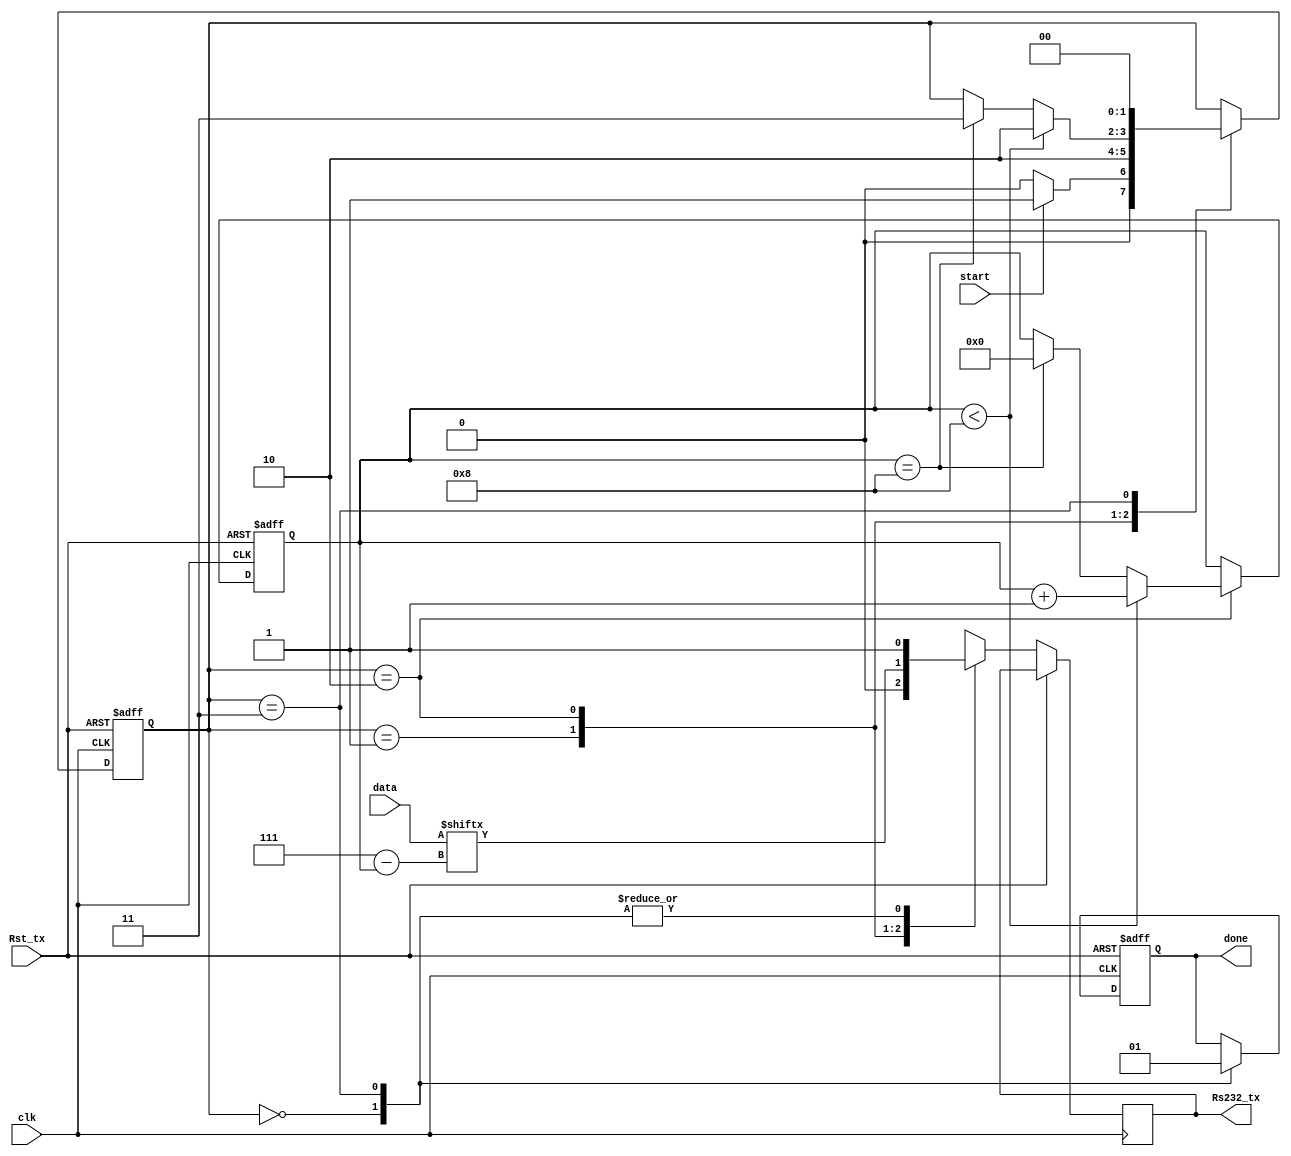
module CH65 #(parameter data_width=8)(
  input clk,
  input Rst_tx,
  input start,
  input [data_width-1:0] data,
  output reg Rs232_tx,
  output reg done
);
 
  localparam idle_state=0, start_state=1, data_state=2, stop_state=3;
  
  reg [1:0] state;
  reg [3:0] count;

  always @(posedge clk or posedge Rst_tx) begin
  if (Rst_tx) begin
      state <= idle_state;
      done <= 1'b0;
      count <= 4'b0;
      end
      else
    case(state)
      idle_state: begin
                    Rs232_tx <= 1'b1;
                    done <= 1'b0;
                    if (start)
                      state <= start_state;
                    else
                      state <= idle_state;
                  end
      start_state: begin
                     Rs232_tx <= 1'b0;
                     state <= data_state;
                  end
      data_state: begin
                    Rs232_tx <= data[(data_width-1) - count];
                    if (count < data_width) begin
                      count <= count + 1'b1;
                      state <= data_state;
                    end
                    else if (count == data_width) begin
                      count <= 4'b0;
                      state <= stop_state;
                    end
                  end
      stop_state: begin
                    Rs232_tx <= 1'b1;
                    done <= 1'b1;
                    state <= idle_state;
                  end
      default: begin
                  state <= idle_state;
               end
    endcase
  end

//  always @(posedge clk or posedge Rst_tx) begin
//    if (Rst_tx) begin
//      state <= idle_state;
//      done <= 1'b0;
//      count <= 4'b0;
//    end
//    else begin
//      state <= next_state;
//    end
//  end
endmodule